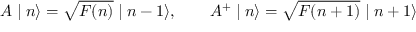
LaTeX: A \mid n \rangle = \sqrt { F ( n ) } \mid n - 1 \rangle , \qquad A ^ { + } \mid n \rangle = \sqrt { F ( n + 1 ) } \mid n + 1 \rangle